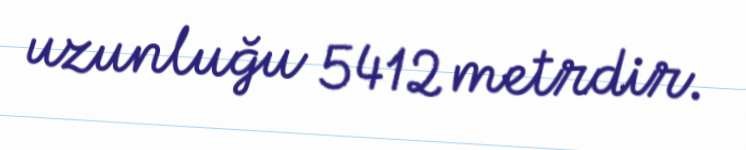
uzunluğu 5412 metrdir.